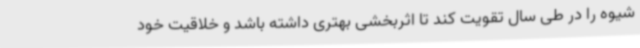
شیوه را در طی سال تقویت کند تا اثربخشی بهتری داشته باشد و خلاقیت خود